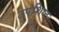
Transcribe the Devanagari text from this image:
उपशिष्ट